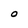
Character: O